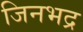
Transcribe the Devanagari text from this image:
जिनभद्र